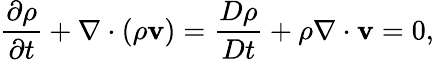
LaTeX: {\frac{\partial\rho}{\partial t}}+\nabla\cdot\left(\rho\mathbf{v}\right)={\frac{D\rho}{Dt}}+\rho\nabla\cdot\mathbf{v}=0,